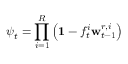
{ \boldsymbol { \psi } } _ { t } = \prod _ { i = 1 } ^ { R } \left( \mathbf { 1 } - f _ { t } ^ { i } \mathbf { w } _ { t - 1 } ^ { r , i } \right)